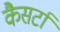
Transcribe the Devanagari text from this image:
कैसर्टा